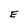
Character: E